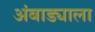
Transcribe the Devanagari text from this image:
अंबाड्याला